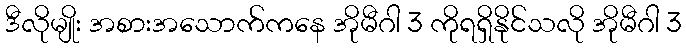
ဒီလိုမျိုး အစားအသောက်ကနေ အိုမီဂါ 3 ကိုရရှိနိုင်သလို အိုမီဂါ 3